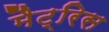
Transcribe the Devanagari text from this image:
मैट्रिस